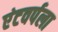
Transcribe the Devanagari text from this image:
एंटवर्पला